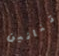
تنانين